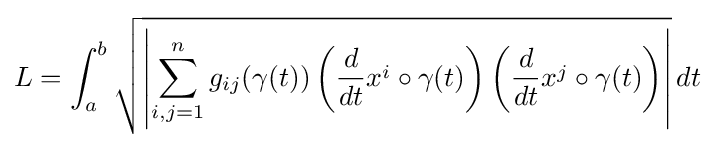
L=\int _{a}^{b}{\sqrt {\left|\sum _{i,j=1}^{n}g_{ij}(\gamma (t))\left({\frac {d}{dt}}x^{i}\circ \gamma (t)\right)\left({\frac {d}{dt}}x^{j}\circ \gamma (t)\right)\right|}}\,dt